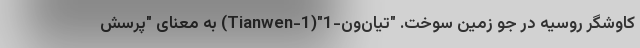
کاوشگر روسیه در جو زمین سوخت. "تیان‌ون-1"(Tianwen-1) به معنای "پرسش